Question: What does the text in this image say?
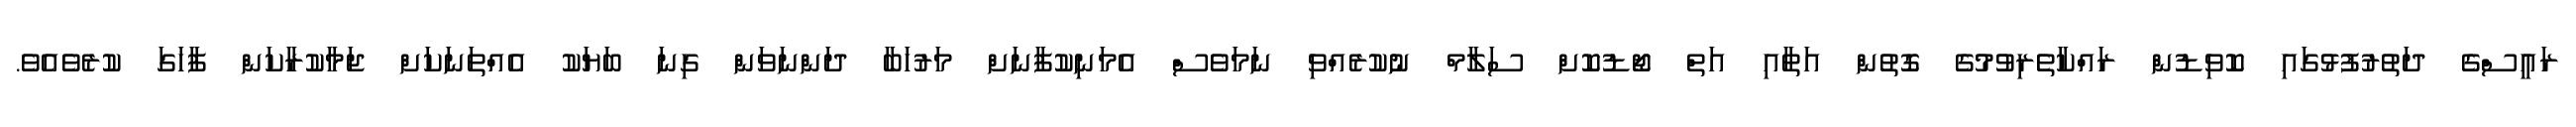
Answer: ރައީސްގެ ދަތުރުފުޅުގައި ކޮވިޑުން ރައްކާތެރިވުމުގެ ގޮތުން އަތާއި އަތް ޖޯޑުކޮށް ސަލާމް ނުކުރެއްވި ނަމަވެސް އެމަނިކުފާނަށް މަރުހަބާ ދަންނަވަން ގިނަ ބަޔަކު އެއްތަނަކަށް ޖަމާކުރާކަން ފާހަގަ ކުރެވެއެވެ.